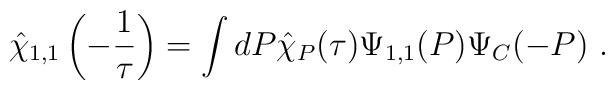
\hat{\chi}_{1,1} \left(- \frac{1}{\tau}\right)   = \int d P \hat{\chi}_{P} (\tau) \Psi_{1,1} (P) \Psi_C  (-P)  ~.